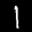
Digit: 1